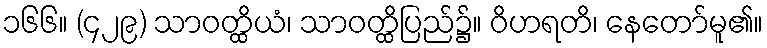
၁၆၆။ (၄၂၉) သာဝတ္ထိယံ၊ သာဝတ္ထိပြည်၌။ ဝိဟရတိ၊ နေတော်မူ၏။